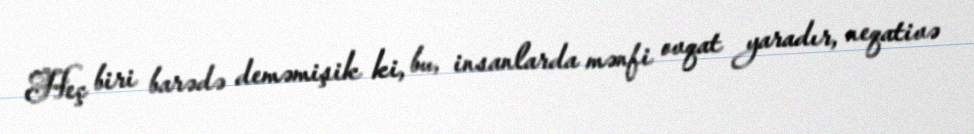
Heç biri barədə deməmişik ki, bu, insanlarda mənfi ovqat yaradır, neqativə